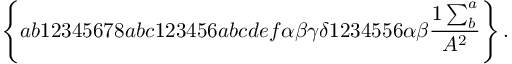
\left\{ a b 1 2 3 4 5 6 7 8 a b c 1 2 3 4 5 6 a b c d e f \alpha \beta \gamma \delta 1 2 3 4 5 5 6 \alpha \beta \frac { 1 \sum _ { b } ^ { a } } { A ^ { 2 } } \right\} .